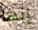
إنها